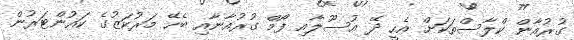
ގުރުއާން ކްލާސްތަކަށް އެހީ ދޭ އުސޫލާއި ފޯމް ގުރުއާނާއި ބެހޭ މަރުކަޒުގެ ކައުންޓަރުން